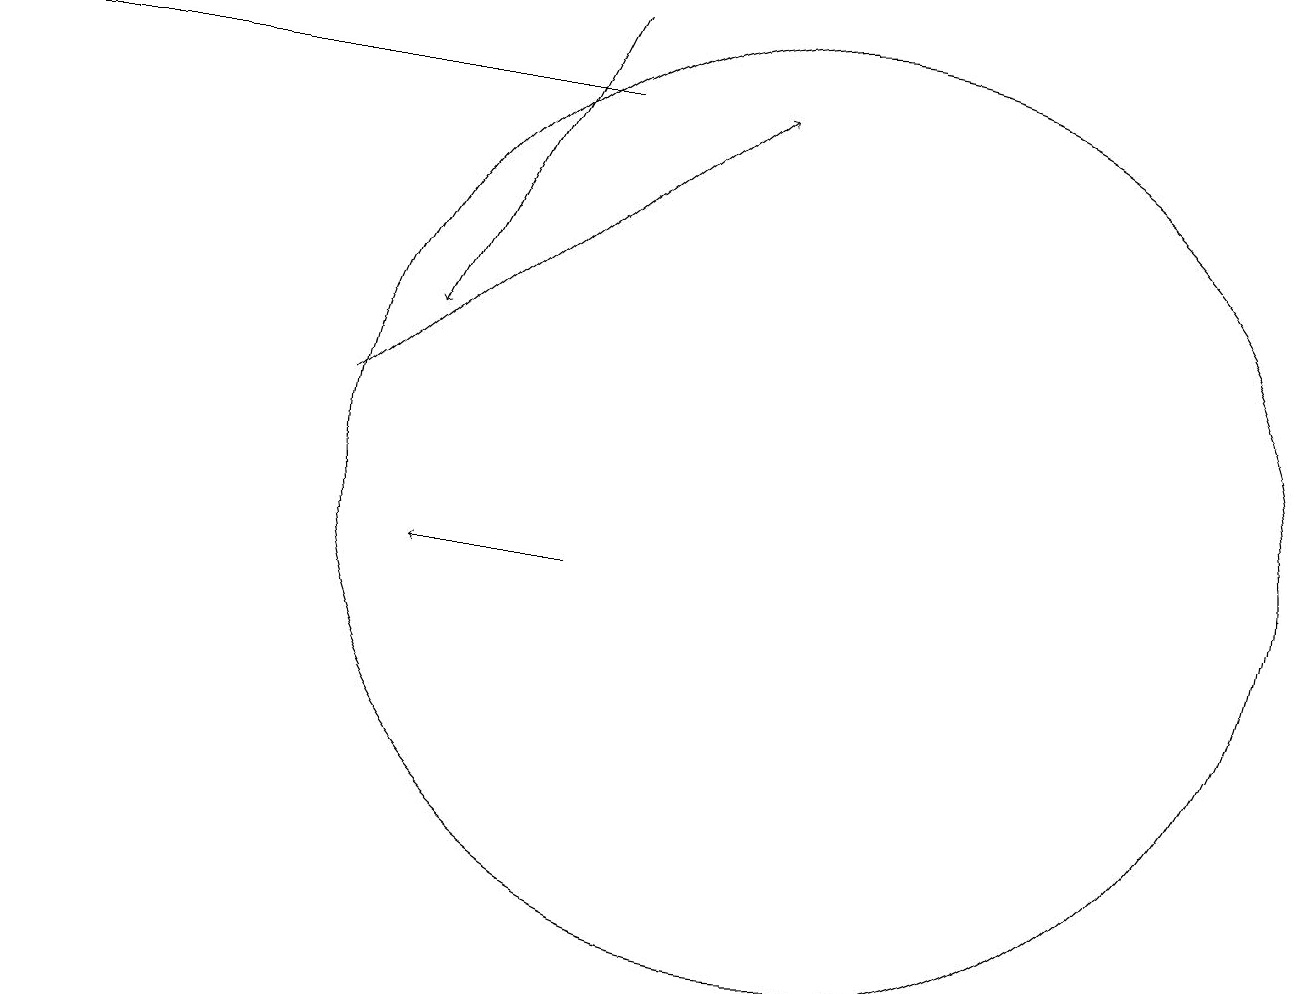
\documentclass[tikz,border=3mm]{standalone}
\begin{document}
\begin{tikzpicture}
\draw[->] (7,10) -- (5,10);
\draw[->] (4,12) -- (9,16);
\draw (7,16) rectangle (0,16);
\draw (10,11) circle (6);
\draw[->] (7,17) -- (5,13);
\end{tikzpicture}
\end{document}